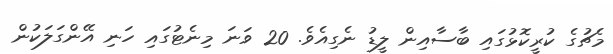
މެޗުގެ ކުރީކޮޅުގައި ބާސާއިން ލީޑު ނެގިއެވެ. 20 ވަނަ މިނެޓުގައި ހަނި އޭންގަލަކުން